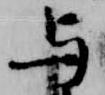
与